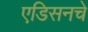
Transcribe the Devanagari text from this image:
एडिसनचे